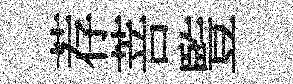
荐菩䜿